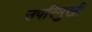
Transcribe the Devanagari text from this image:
उपरिमुखी